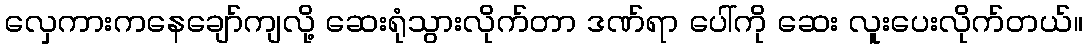
လှေကားကနေချော်ကျလို့ ဆေးရုံသွားလိုက်တာ ဒဏ်ရာ ပေါ်ကို ဆေး လူးပေးလိုက်တယ်။